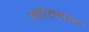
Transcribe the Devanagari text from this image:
गोल्वल